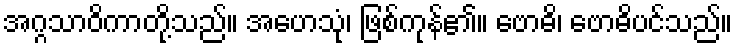
အဂ္ဂသာဝိကာတို့သည်။ အဟေသုံ၊ ဖြစ်ကုန်၏။ ဗောဓိ၊ ဗောဓိပင်သည်။